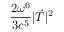
\frac { 2 \omega ^ { 6 } } { 3 c ^ { 5 } } | \vec { T } | ^ { 2 }